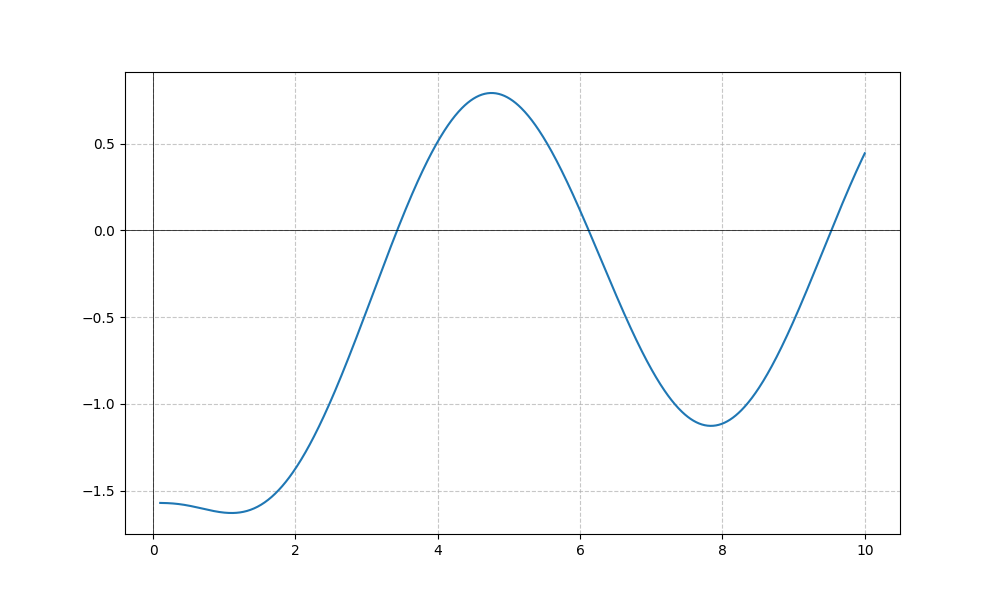
LaTeX formula: - \sin{\left(x \right)} - \operatorname{acot}{\left(x \right)}